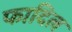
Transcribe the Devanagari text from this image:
फादिल